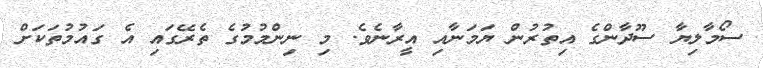
ސޯމާލިޔާ ސޫދާންގެ އިތުރުން ޔަމަނާއި އީރާނެވެ. މި ނިންމުމުގެ ތެރޭގައި އެ ގައުމުތަކަށް